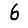
Digit: 6